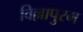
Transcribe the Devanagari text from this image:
विल्लापुरम